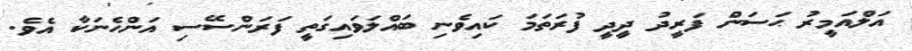
އަލްއަމީރު ޙަސަން ފަރީދު ދީދީ ފުރަތަމަ ކައިވެނި ބައްލަވައިގަތީ ފަރަންސޭސި އަންހެނަކާ އެވެ.